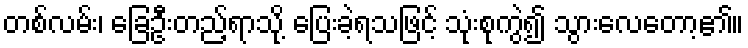
တစ်လမ်း၊ ခြေဦးတည့်ရာသို့ ပြေးခဲ့ရသဖြင့် သုံးစုကွဲ၍ သွားလေတော့၏။